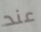
عند